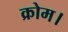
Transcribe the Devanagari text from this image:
क्रोम।